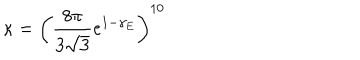
\kappa = \left( \frac { 8 \pi } { 3 \sqrt { 3 } } e ^ { 1 - \gamma _ { E } } \right) ^ { 1 0 }